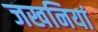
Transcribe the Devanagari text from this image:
जखनियां